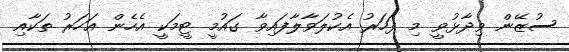
ސުޒޭން ވިދާޅުވީ މި ފަހަރު އެކުލަވާލާފައިވާ ގައުމީ ޓީމަކީ އެހެން އަހަރު ތަކާއި